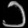
Digit: ၁